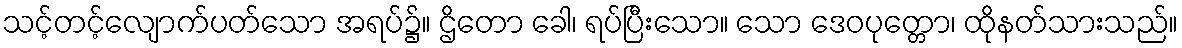
သင့်တင့်လျောက်ပတ်သော အရပ်၌။ ဌိတော ခေါ၊ ရပ်ပြီးသော။ သော ဒေဝပုတ္တော၊ ထိုနတ်သားသည်။